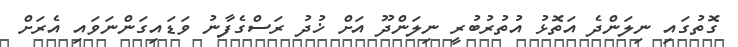
ގޮތުގައި ނިލަންދެ އަތޮޅު އުތުރުބުރީ ނިލަންދޫ އަށް ޚުދު ރަސްގެފާނު ވަޑައިގަންނަވައި އެރަށް